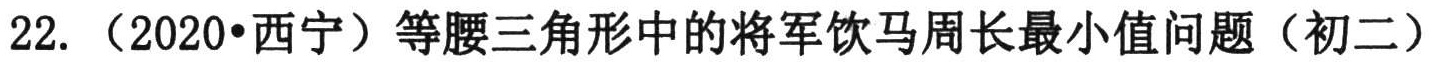
22. （2020•西宁）等腰三角形中的将军饮马周长最小值问题（初二）